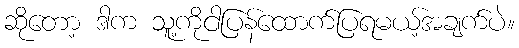
ဆိုတော့ ဒါက သူ့ကိုငါပြန်ထောက်ပြရမယ့်အချက်ပဲ။